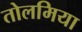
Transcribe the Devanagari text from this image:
तोलमिया